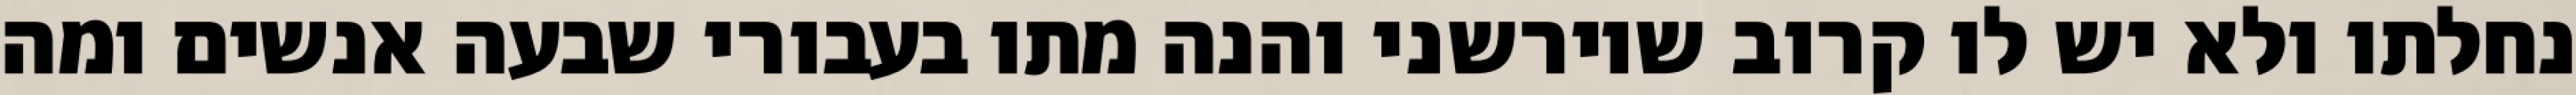
נחלתו ולא יש לו קרוב שיורשני והנה מתו בעבורי שבעה אנשים ומה